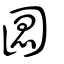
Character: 圖